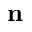
{ \bf n }